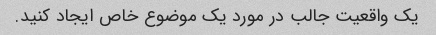
یک واقعیت جالب در مورد یک موضوع خاص ایجاد کنید.